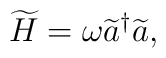
\widetilde{H}=\omega \widetilde{a}^{\dagger }\widetilde{a},